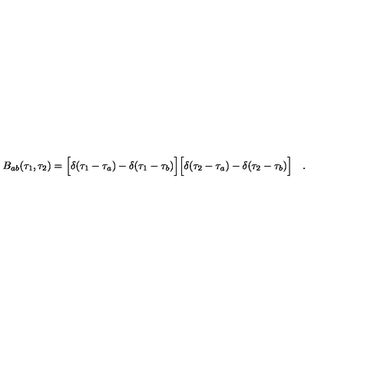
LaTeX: B _ { a b } ( \tau _ { 1 } , \tau _ { 2 } ) = \Bigl [ \delta ( \tau _ { 1 } - \tau _ { a } ) - \delta ( \tau _ { 1 } - \tau _ { b } ) \Bigr ] \Bigl [ \delta ( \tau _ { 2 } - \tau _ { a } ) - \delta ( \tau _ { 2 } - \tau _ { b } ) \Bigr ] \quad .